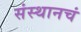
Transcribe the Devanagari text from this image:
संस्थानचं